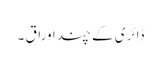
ڈائری کے چند اوراق ۔